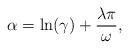
LaTeX: \begin{align*}\alpha = \ln(\gamma) + \frac{\lambda \pi}{\omega},\end{align*}